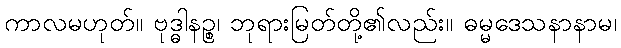
ကာလမဟုတ်။ ဗုဒ္ဓါနဉ္စ၊ ဘုရားမြတ်တို့၏လည်း။ ဓမ္မဒေသနာနာမ၊